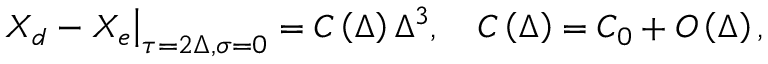
\left. X _ { d } - X _ { e } \right| _ { \tau = 2 \Delta , \sigma = 0 } = C \left( \Delta \right) \Delta ^ { 3 } , \quad C \left( \Delta \right) = C _ { 0 } + O \left( \Delta \right) ,